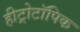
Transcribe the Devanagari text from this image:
हीट्रोटॉपिक